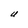
Character: U